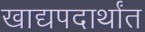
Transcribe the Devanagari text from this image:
खाद्यपदार्थांत